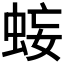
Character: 𧊷